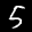
Label: 5